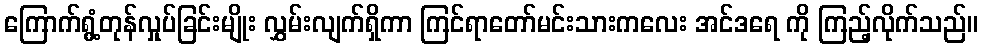
ကြောက်ရွံ့တုန်လှုပ်ခြင်းမျိုး လွှမ်းလျက်ရှိကာ ကြင်ရာတော်မင်းသားကလေး အင်ဒရေ ကို ကြည့်လိုက်သည်။